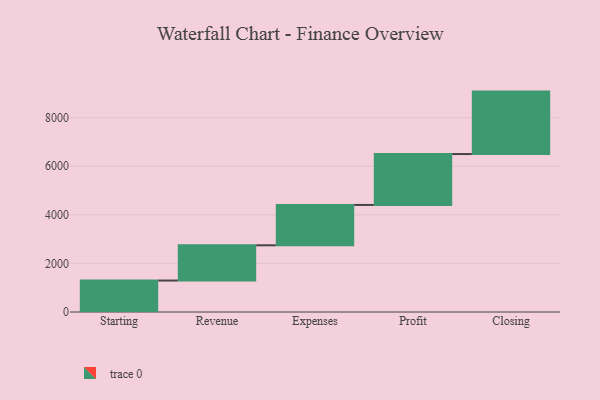
{"axis": {"x": "Step", "y": "Value"}, "legend": [""], "data": [{"x": "Starting", "y": 1295.0, "type": ""}, {"x": "Revenue", "y": 1451.0, "type": ""}, {"x": "Expenses", "y": 1661.0, "type": ""}, {"x": "Profit", "y": 2095.0, "type": ""}, {"x": "Closing", "y": 2571.0, "type": ""}]}